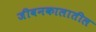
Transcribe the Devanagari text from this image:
जीवनकालातील